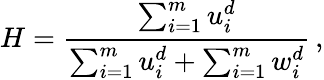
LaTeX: H={\frac{\sum_{i=1}^{m}{u_{i}^{d}}}{\sum_{i=1}^{m}{u_{i}^{d}}+\sum_{i=1}^{m}{w_{i}^{d}}}}\, ,